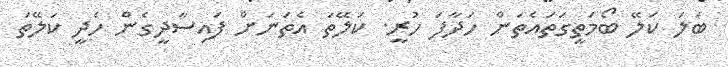
ބަލަ ކަލޭ ބޯމަތީގަތައެތަން ހަދާފަ ހުރީ. ކަލޭތަ އެތަނަށް ފައިސާދީގެން ހެދީ ކަލޭތަ